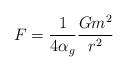
LaTeX: \begin{align*} F=\frac{1}{4\alpha_{g}}\frac{Gm^{2}}{r^{2}}\end{align*}